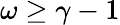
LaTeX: \omega\geq\gamma-1